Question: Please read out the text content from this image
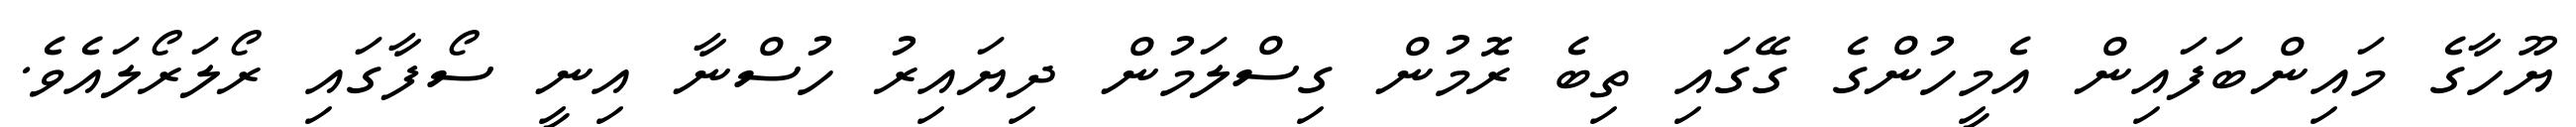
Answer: ޔޫހާގެ މައިންބަފައިން އެމީހުންގެ ގޭގައި ތިބެ ރޮމުން ގިސްލަމުން ދިޔައިރު ހުސްނާ އިނީ ސޯފާގައި ރޯލަރޯލައެވެ.